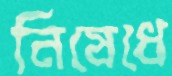
নিষেধে